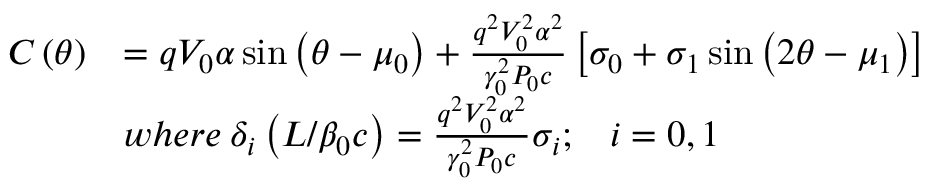
\begin{array} { r l } { C \left( \theta \right) } & { = q V _ { 0 } \alpha \sin \left( \theta - \mu _ { 0 } \right) + \frac { q ^ { 2 } V _ { 0 } ^ { 2 } \alpha ^ { 2 } } { \gamma _ { 0 } ^ { 2 } P _ { 0 } c } \left[ \sigma _ { 0 } + \sigma _ { 1 } \sin \left( 2 \theta - \mu _ { 1 } \right) \right] } \\ & { w h e r e \: \delta _ { i } \left( L / \beta _ { 0 } c \right) = \frac { q ^ { 2 } V _ { 0 } ^ { 2 } \alpha ^ { 2 } } { \gamma _ { 0 } ^ { 2 } P _ { 0 } c } \sigma _ { i } ; \; \; \; i = 0 , 1 } \end{array}